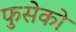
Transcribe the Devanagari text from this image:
फुसेको